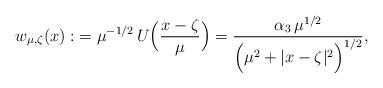
LaTeX: \begin{align*}w_{\mu,\zeta}(x):&=\mu^{-1/2}\,U\Bigl(\frac{x-\zeta}{\mu}\Bigr)=\frac{\alpha_3 \, \mu^{1/2}}{\Bigl(\mu^2+\vert x-\zeta\vert^2\Bigr)^{1/2}},\end{align*}